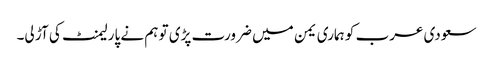
سعودی عرب کو ہماری یمن میں ضرورت پڑی تو ہم نے پارلیمنٹ کی آڑ لی۔